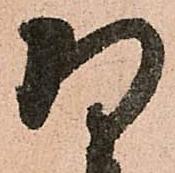
将